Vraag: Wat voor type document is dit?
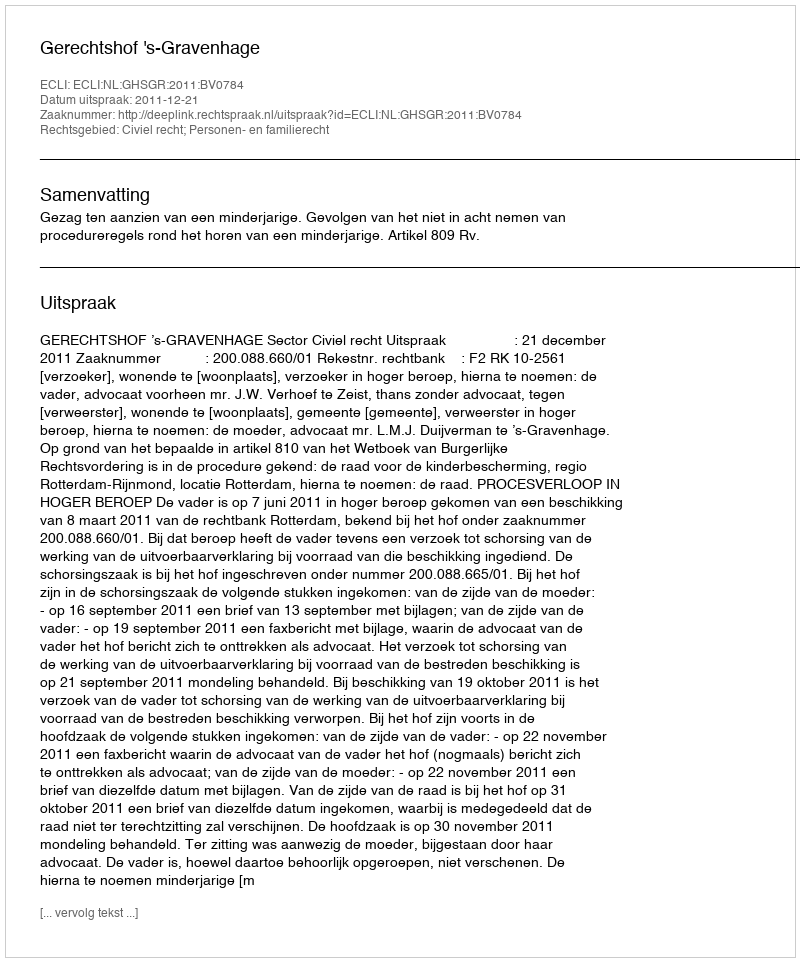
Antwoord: Uitspraak